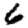
Digit: 6